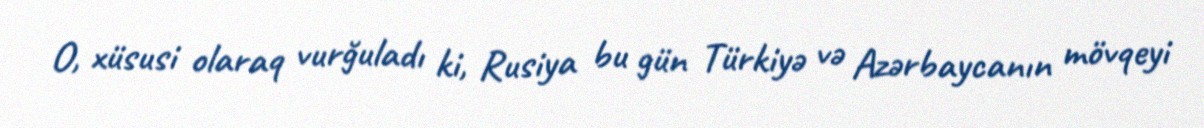
O, xüsusi olaraq vurğuladı ki, Rusiya bu gün Türkiyə və Azərbaycanın mövqeyi